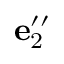
{ \bf e } _ { 2 } ^ { \prime \prime }